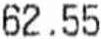
62.55